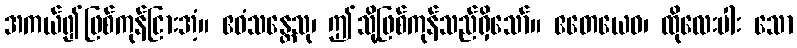
အကယ်၍ဖြစ်ကုန်ငြားအံ့။ ဧဝံသန္တေသု၊ ဤသို့ဖြစ်ကုန်သည်ရှိသော်။ ဧတေယေဝ၊ ထိုလေးပါး သော